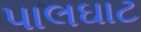
પાલઘાટ